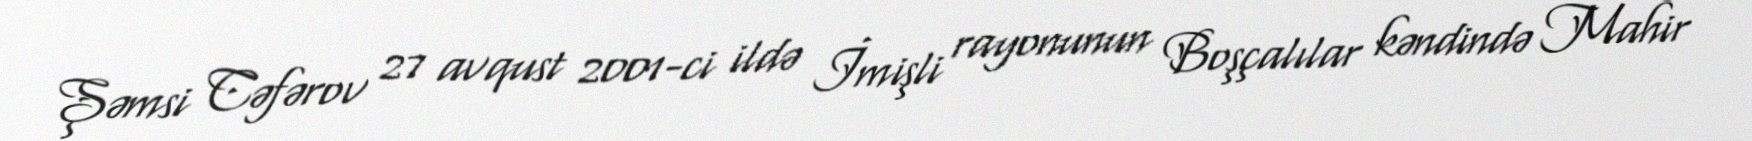
Şəmsi Cəfərov 27 avqust 2001-ci ildə İmişli rayonunun Boşçalılar kəndində Mahir